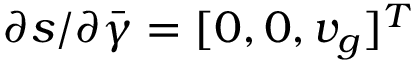
\partial s / \partial \bar { \boldsymbol { \gamma } } = [ 0 , 0 , v _ { g } ] ^ { T }